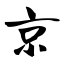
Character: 京